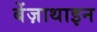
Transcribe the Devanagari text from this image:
बेंज़ाथाइन